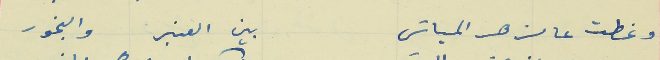
وغطت عالزهر المياسَ                                             بين العنبر والبخور